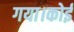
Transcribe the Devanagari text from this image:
गया।कोई